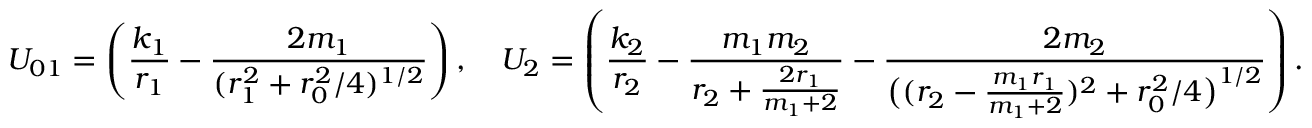
U _ { 0 1 } = \left( \frac { k _ { 1 } } { r _ { 1 } } - \frac { 2 m _ { 1 } } { ( r _ { 1 } ^ { 2 } + r _ { 0 } ^ { 2 } / 4 ) ^ { 1 / 2 } } \right) , \quad U _ { 2 } = \left( \frac { k _ { 2 } } { r _ { 2 } } - \frac { m _ { 1 } m _ { 2 } } { r _ { 2 } + \frac { 2 r _ { 1 } } { m _ { 1 } + 2 } } - \frac { 2 m _ { 2 } } { \big ( ( r _ { 2 } - \frac { m _ { 1 } r _ { 1 } } { m _ { 1 } + 2 } ) ^ { 2 } + r _ { 0 } ^ { 2 } / 4 \big ) ^ { 1 / 2 } } \right) .